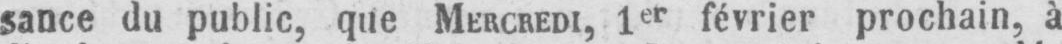
sance du public, que MERCREDI, 1er février prochain, à